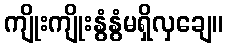
ကျိုးကျိုးနွံနွံမရှိလှချေ။